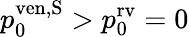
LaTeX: p_{0}^{\mathrm{ven,S}}>p_{0}^{\mathrm{rv}}=0